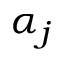
\alpha _ { j }